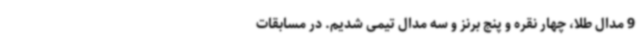
9 مدال طلا، چهار نقره و پنج برنز و سه مدال تیمی شدیم. در مسابقات